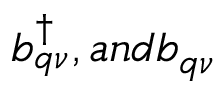
b _ { \boldsymbol { q } \nu } ^ { \dagger } , a n d b _ { \boldsymbol { q } \nu }